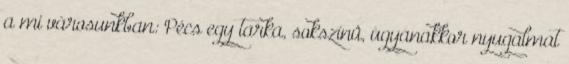
a mi városunkban: Pécs egy tarka, sokszínû, ugyanakkor nyugalmat